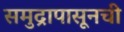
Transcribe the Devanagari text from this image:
समुद्रापासूनची